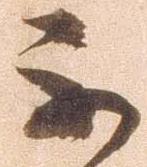
不